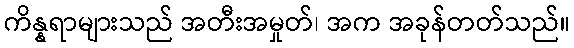
ကိန္နရာများသည် အတီးအမှုတ်၊ အက အခုန်တတ်သည်။